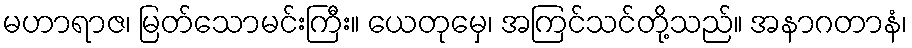
မဟာရာဇ၊ မြတ်သောမင်းကြီး။ ယေတုမှေ၊ အကြင်သင်တို့သည်။ အနာဂတာနံ၊